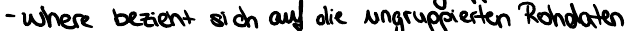
- where bezieht sich auf die ungruppierten Rohdaten